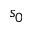
s _ { 0 }